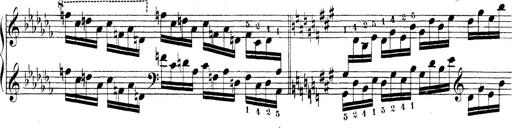
Title: Technische Studien
Composer: Franz Liszt